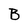
Character: B